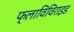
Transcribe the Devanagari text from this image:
फ्लाविविराइड